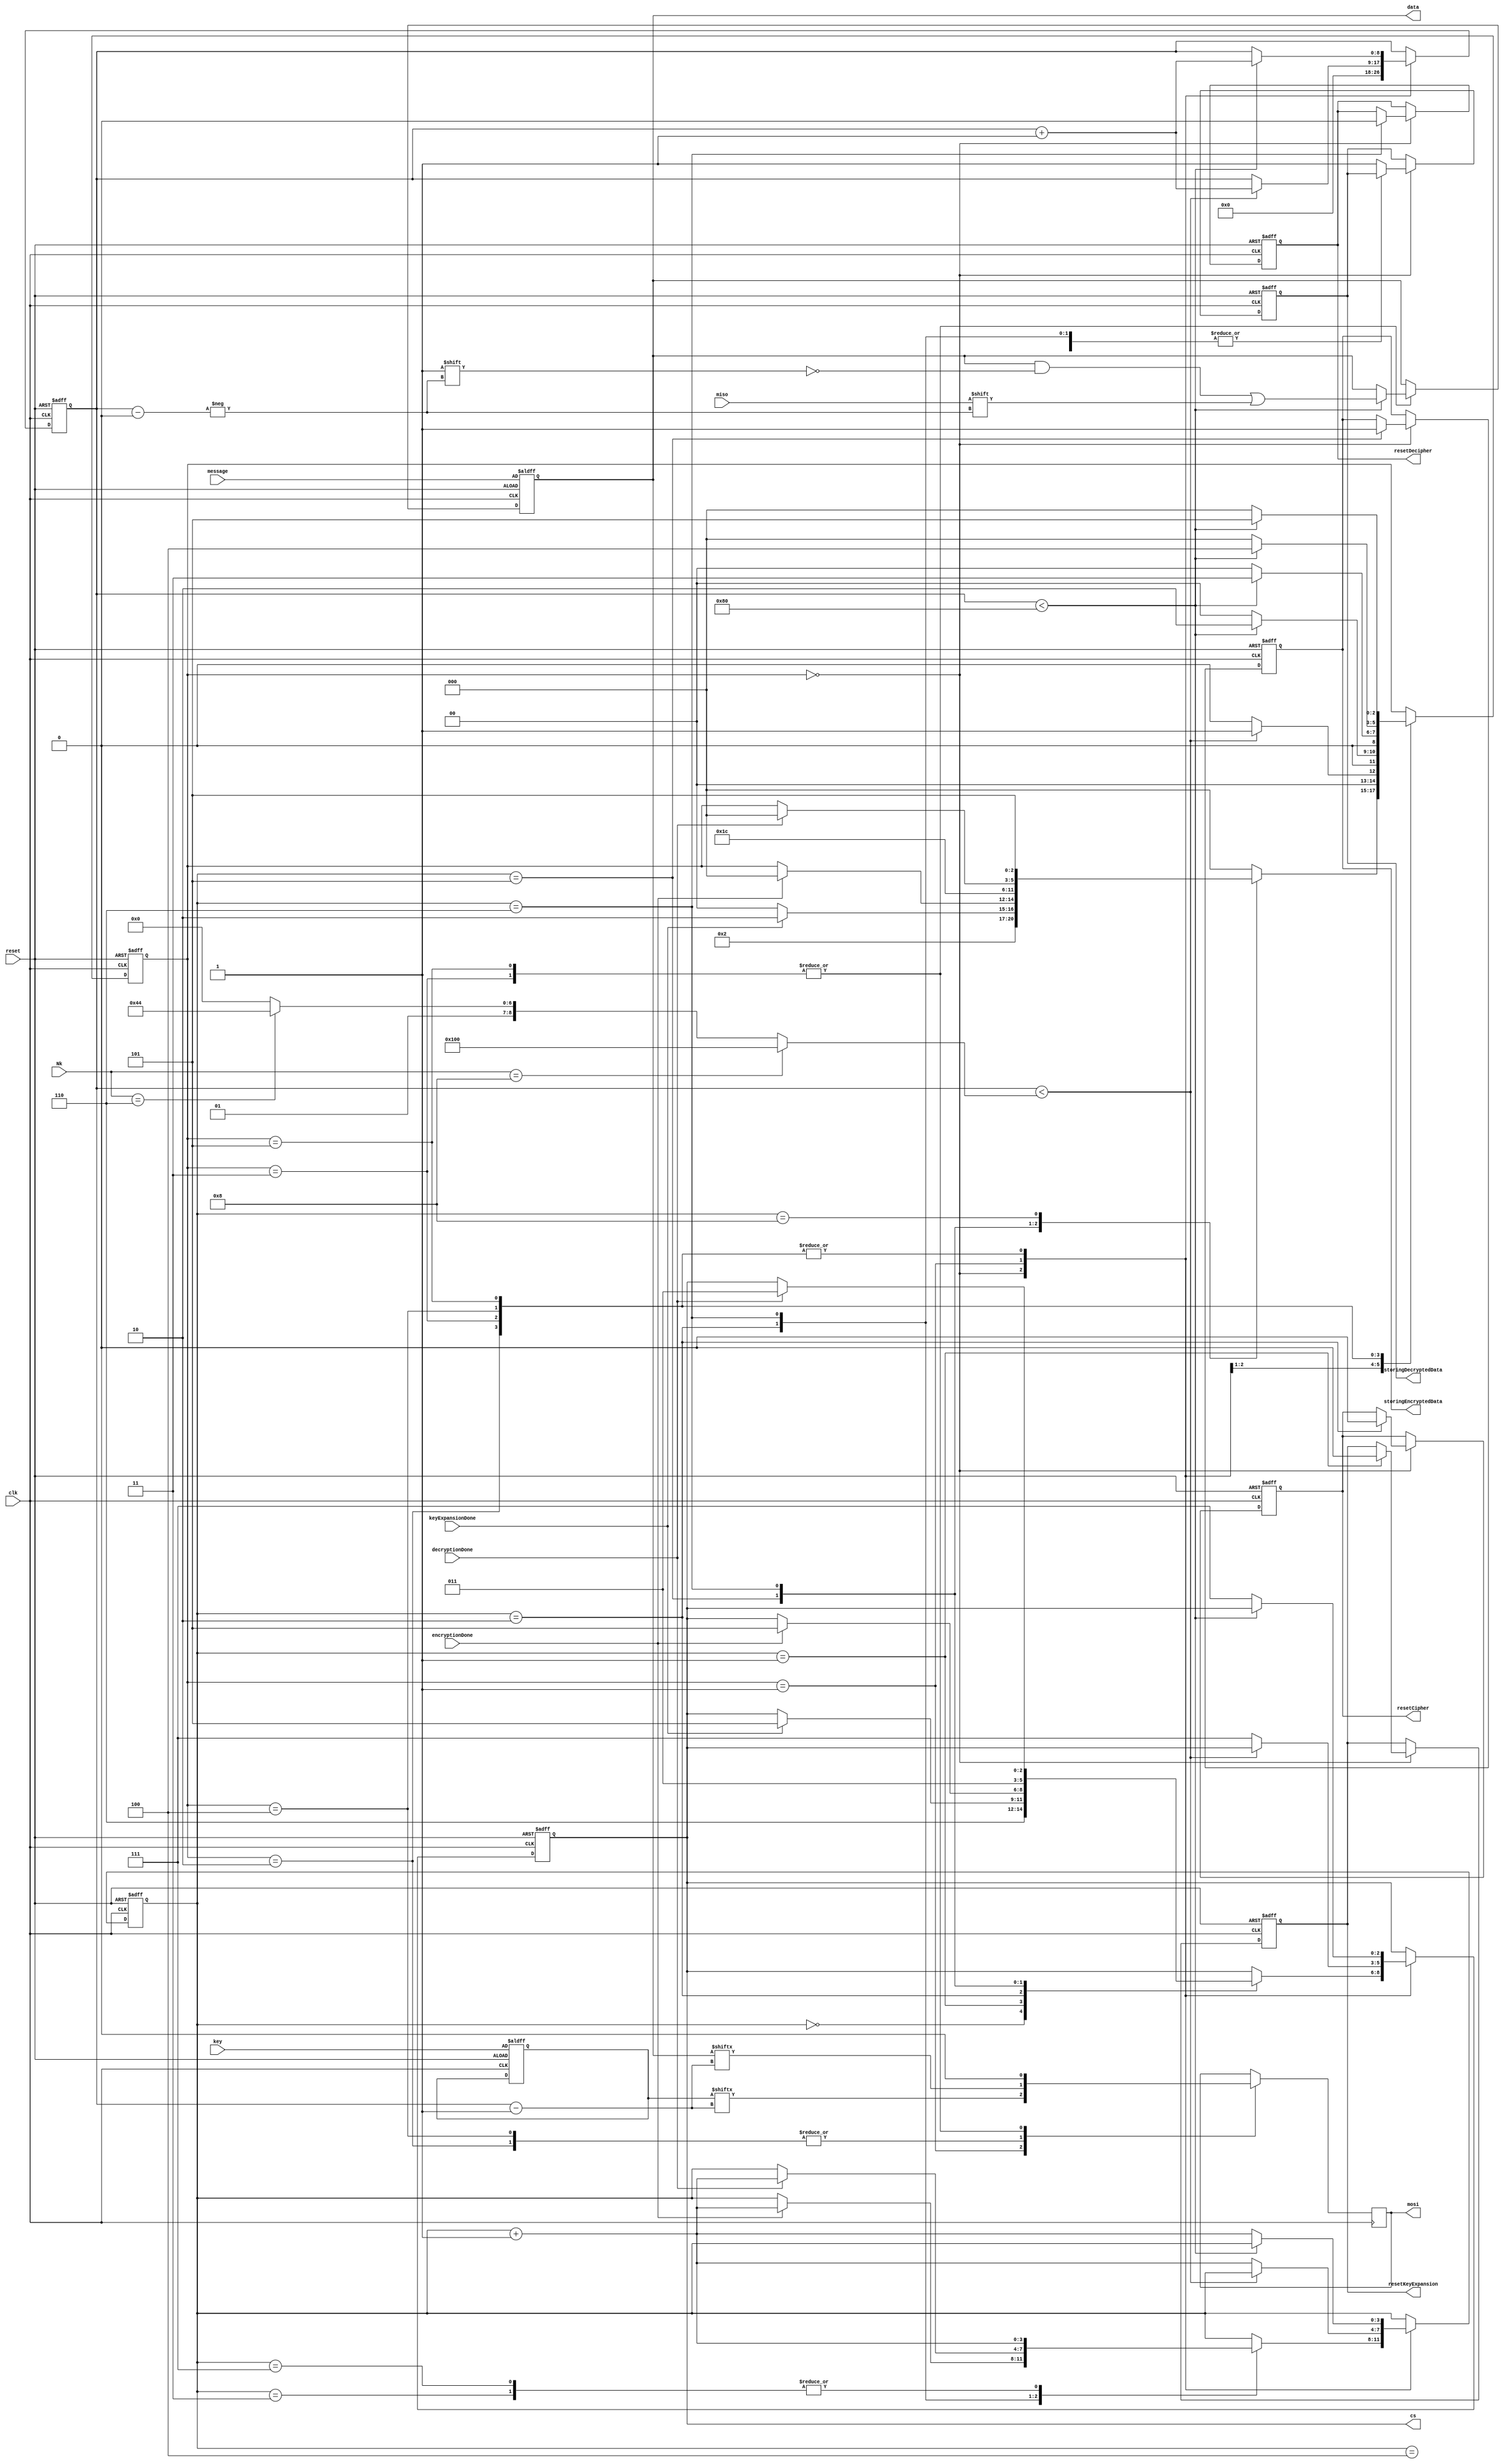
module SPImaster(

input [7:0] Nk,
input [127:0] message,
input [255:0] key,
input clk,
input reset,
input miso,
input keyExpansionDone,
input encryptionDone,
input decryptionDone,
output reg [2:0] cs,
output reg mosi,
output reg resetKeyExpansion,
output reg resetCipher,
output reg resetDecipher,
output reg[127:0] data,
output reg storingEncryptedData,
output reg storingDecryptedData
);

	reg [255:0] keyRegister;   // Received data
	reg [2:0] state=3'b000;
	reg [3:0] round;
	reg [8:0] counter;

	parameter IDLE=0;
	parameter TRANSMITKEY = 1;
	parameter TRANSMITENC=2;
	parameter RECEIVEENC=3;
	parameter TRANSMITDEC=4;
	parameter RECEIVEDEC=5;

	wire[8:0] keySize;
	assign keySize = (Nk == 8'b00001000) ? 256:((Nk == 8'b00000110) ? 196:128);
	
	always @(posedge clk or posedge reset) begin

		if(reset) begin
			cs = 3'b111;
			state = IDLE;
			round = 0;
			counter = 0;
			keyRegister = key;
			data = message;
			resetKeyExpansion = 1;
			resetCipher = 1;
			resetDecipher = 1;
			storingEncryptedData = 0;
			storingDecryptedData = 0;
		end
		else begin
			case(state) 
				
				IDLE:
					begin
						counter = 0;
						
						case (round)
							
							0: begin
								cs = 3'b110;
								state = TRANSMITKEY;
							end
							
							1: begin
								resetKeyExpansion = 0;
								if (keyExpansionDone) begin
									cs = 3'b101;
									state = TRANSMITENC;
								end
								else
									state = IDLE;
							end
							
							2: begin
								resetCipher = 0;
								if (encryptionDone) begin
									cs = 3'b101;
									round = round + 1;
									state = IDLE;
								end
							end
							
							3: begin
								state = IDLE;
								round = round + 1;	
							end
							
							4: state = RECEIVEENC;
							
							5: begin
								storingEncryptedData = 1;
								cs = 3'b011;
								state = TRANSMITDEC;
							end
							
							6: begin
								resetDecipher = 0;
								if (decryptionDone) begin
									cs = 3'b011;
									round = round + 1;
									state = IDLE;
								end
							end
							
							7: begin
								state = IDLE;
								round = round + 1;
							end
							
							8: state = RECEIVEDEC;
							
							default: begin
								storingDecryptedData = 1;
								state = IDLE;
							end
						endcase
					end
				
				
				TRANSMITKEY:
					begin
						if (counter < keySize) begin
							state = TRANSMITKEY;
							counter = counter + 1;
						end
						else begin
							cs = 3'b111;
							state = IDLE;
							round = round + 1;
						end
					end
				
				
				TRANSMITENC: begin
					if (counter < 128) begin
						state = TRANSMITENC;
						counter = counter + 1;
					end
					else begin
						cs = 3'b111;
						state = IDLE;
						round = round + 1;
					end
				end
				
				
				RECEIVEENC: begin
					if (counter < 128) begin
						data[counter] = miso;
						state = RECEIVEENC;
						counter = counter + 1;
					end
					else begin
						cs = 3'b111;
						state = IDLE;
						round = round + 1;
					end
				end
				
				TRANSMITDEC: begin
					if (counter < 128) begin
						state = TRANSMITDEC;
						counter = counter + 1;
					end
					else begin
						cs = 3'b111;
						state = IDLE;
						round = round + 1;
					end
				end
				
				RECEIVEDEC: begin
					if (counter < 128) begin
						data[counter] = miso;
						state = RECEIVEDEC;
						counter = counter + 1;
					end
					else begin
						cs = 3'b111;
						state = IDLE;
						round = round + 1;
					end
				end
			endcase
		end
	end
	
	
	always @(negedge clk) begin
	
		case (state)
			TRANSMITKEY: mosi = keyRegister[counter - 1];
			TRANSMITENC: mosi = data[counter - 1];
			RECEIVEENC: mosi = 0;
			TRANSMITDEC: mosi = data[counter - 1];
			RECEIVEDEC: mosi = 0;
		endcase

	end
	
endmodule